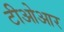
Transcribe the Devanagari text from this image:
टीओआर